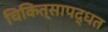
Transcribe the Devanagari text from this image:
चिकित्सापद्धत